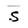
Character: S